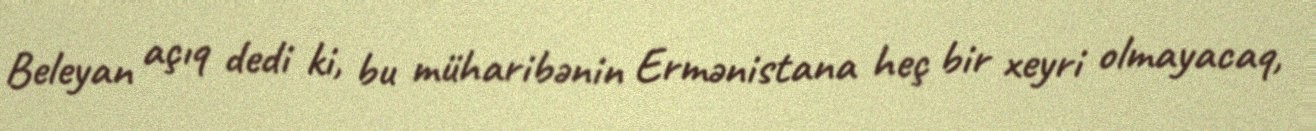
Beleyan açıq dedi ki, bu müharibənin Ermənistana heç bir xeyri olmayacaq,